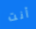
أنت